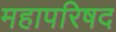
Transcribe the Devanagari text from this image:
महापरिषद